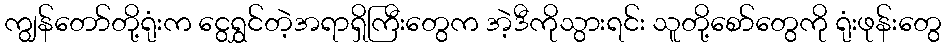
ကျွန်တော်တို့ရုံးက ငွေရွှင်တဲ့အရာရှိကြီးတွေက အဲ့ဒီကိုသွားရင်း သူတို့စော်တွေကို ရုံးဖုန်းတွေ